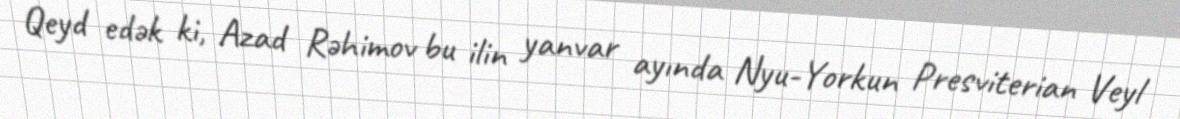
Qeyd edək ki, Azad Rəhimov bu ilin yanvar ayında Nyu-Yorkun Presviterian Veyl